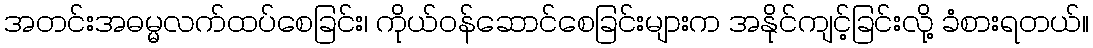
အတင်းအဓမ္မလက်ထပ်စေခြင်း၊ ကိုယ်ဝန်ဆောင်စေခြင်းများက အနိုင်ကျင့်ခြင်းလို့ ခံစားရတယ်။